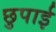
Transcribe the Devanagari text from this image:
छुपाई